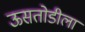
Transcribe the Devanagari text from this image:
ऊसतोडीला